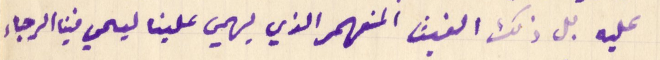
عليه بل ذلك الغيث المنهمر الذي يهمي علينا ليحي فينا الرجاء